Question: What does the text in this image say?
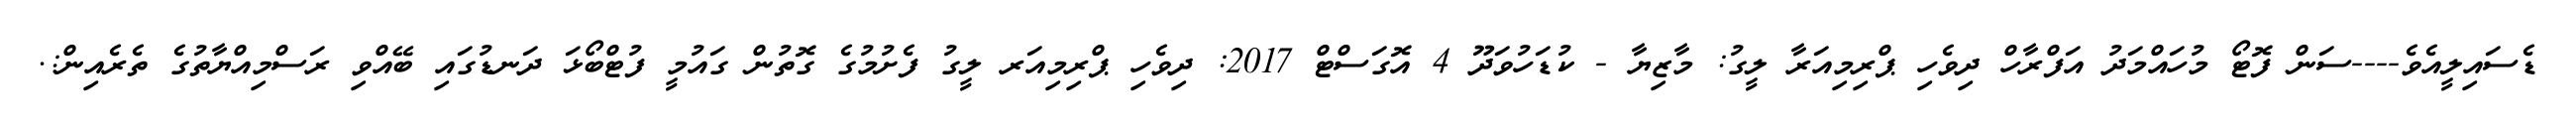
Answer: ޑެސައިލީއެވެ----ސަން ފޮޓޯ މުހައްމަދު އަފްރާހް ދިވެހި ޕްރިމިއަރާ ލީގު: މާޒިޔާ - ކުޑަހުވަދޫ 4 އޮގަސްޓް 2017: ދިވެހި ޕްރިމިއަރ ލީގު ފެށުމުގެ ގޮތުން ގައުމީ ފުޓްބޯޅަ ދަނޑުގައި ބޭއްވި ރަސްމިއްޔާތުގެ ތެރެއިން:.